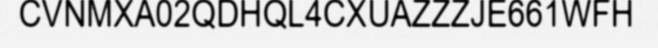
CVNMXA02QDHQL4CXUAZZZJE661WFH